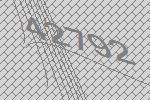
42792